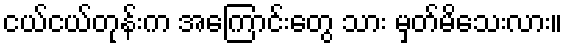
ငယ်ငယ်တုန်းက အကြောင်းတွေ သား မှတ်မိသေးလား။